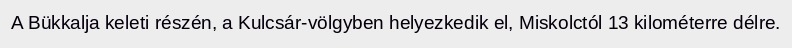
A Bükkalja keleti részén, a Kulcsár-völgyben helyezkedik el, Miskolctól 13 kilométerre délre.